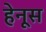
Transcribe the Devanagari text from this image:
हेनूस